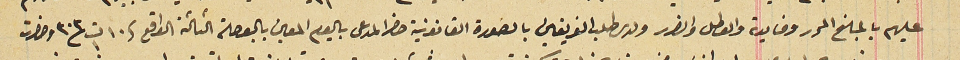
عليهم بالمبلغ المحرر وفايدة والعطل والضرر ولدى طلب الفريقين بالصورة القانونية حضرا المدعى باليوم المعين بالبوصلة التالتة الواقع فى ١٠ سنة ٣٠٣ وحضرت